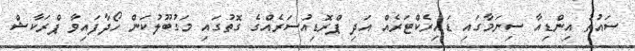
ސައުތު އިންޑިއާ ސިނަމާގައި ޑައިރެކްޓަރެއް އަދި ޕްރޮޑިއުސަރެއްގެ ގޮތުގައި މަގުބޫލުކަން ހޯދާފައިވާ ޕްރަކާޝް